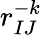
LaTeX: r_{IJ}^{-k}